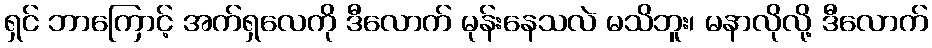
ရှင် ဘာကြောင့် အက်ရှလေကို ဒီလောက် မုန်းနေသလဲ မသိဘူး၊ မနာလိုလို့ ဒီလောက်